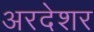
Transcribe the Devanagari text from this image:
अरदेशर